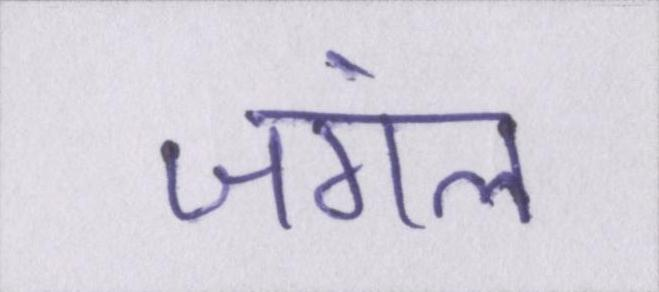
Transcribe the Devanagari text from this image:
जंगल